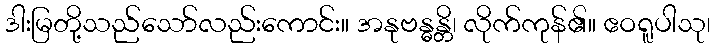
ဒါးမြတို့သည်သော်လည်းကောင်း။ အနုဗန္ဓန္တိ၊ လိုက်ကုန်၏။ ဧဝရူပါသု၊